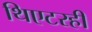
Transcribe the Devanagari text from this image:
थिएटरही